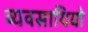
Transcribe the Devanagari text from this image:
व्यवसायियो